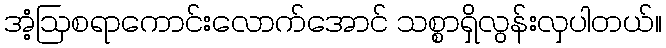
အံ့ဩစရာကောင်းလောက်အောင် သစ္စာရှိလွန်းလှပါတယ်။